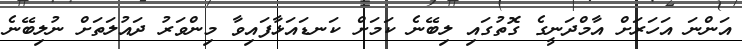
އަންނަ އަހަރަށް އާމްދަނީގެ ގޮތުގައި ލިބޭނެ ކަމަށް ކަނޑައަޅާފައިވާ މިންވަރު ދައުލަތަށް ނުލިބޭނެ